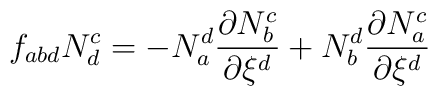
f_{abd}N_d^{c}=-N_a^{d}{\frac{{\partial}N_b^{{c}}}{{\partial}{\xi}^{d}}}+N_b^{d}{\frac{{\partial}N_a^{{c}}}{{\partial}{\xi}^{d}}}